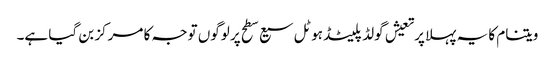
ویتنام کا یہ پہلا پرتعیش گولڈ پلیٹڈ ہوٹل سیع سطح پر لوگوں توجہ کا مرکز بن گیا ہے۔